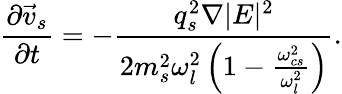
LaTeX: \frac{\partial\vec{v}_{s}}{\partial t}=-\frac{q_{s}^{2}\nabla|E|^{2}}{2m_{s}^{2}\omega_{l}^{2}\left(1-\frac{\omega_{cs}^{2}}{\omega_{l}^{2}}\right)}.